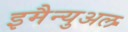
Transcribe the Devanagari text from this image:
इमैन्युअल